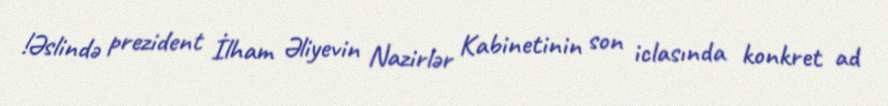
!Əslində prezident İlham Əliyevin Nazirlər Kabinetinin son iclasında konkret ad